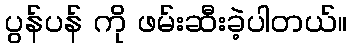
ပွန်ပန် ကို ဖမ်းဆီးခဲ့ပါတယ်။